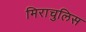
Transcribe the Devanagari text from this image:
मिराचुलिस